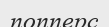
попперс